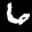
Label: 6